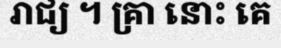
រាជ្យ ។ គ្រា នោះ គេ